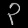
Digit: ၃